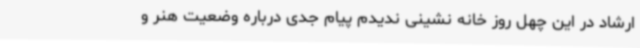
ارشاد در این چهل روز خانه نشینی ندیدم پیام جدی درباره وضعیت هنر و